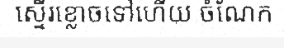
ស្ទើរខ្លោចទៅហើយ ចំណែក